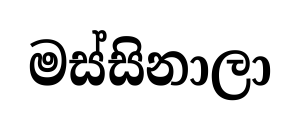
මස්සිනාලා